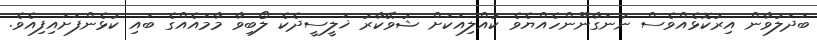
ބަދަލުވާން އިރުކޮޅެއްވެސް ނުނަގާނޫންހެއްޔެވެ ކުއްލިއަކަށް ޝުވޭކާރު ޚަލީސީދެކެ ލޯބިވާ މާމައެއްގެ ބައި ކުޅެންފަށައިފިއެވެ.